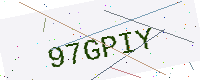
Text: 97GPIY